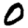
Digit: 0